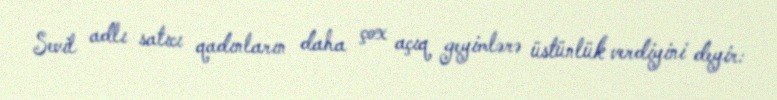
Sevil adlı satıcı qadınların daha çox açıq geyimlərə üstünlük verdiyini deyir: